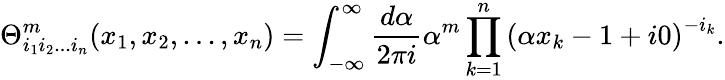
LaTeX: \Theta_{i_{1}i_{2}...i_{n}}^{m}(x_{1},x_{2},...,x_{n})=\int_{-\infty}^{\infty}\frac{d\alpha}{2\pi i}\alpha^{m}\prod_{k=1}^{n}\left(\alpha x_{k}-1+i0\right)^{-i_{k}}.